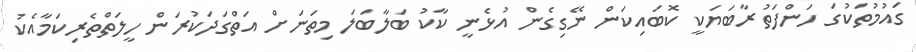
ގައުމުތަކުގަ ހަންފަތުރާބަޔަކީ ކޮބައިކަން ނޭގިގެން އުޅެނީ ކާކު ބަލާބަލަ މިތަނަށް އަތްގަދަކުރަން ހީލަތްތެރިކަމާއެކު